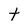
Character: t